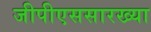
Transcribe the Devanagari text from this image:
जीपीएससारख्या